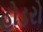
હોડરો